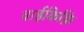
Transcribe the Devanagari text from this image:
वाईकिक़ि